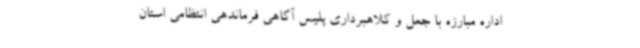
اداره مبارزه با جعل و کلاهبرداری پلیس آگاهی فرماندهی انتظامی استان